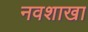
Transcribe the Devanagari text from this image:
नवशाखा